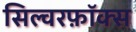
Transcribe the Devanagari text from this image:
सिल्वरफ़ॉक्स